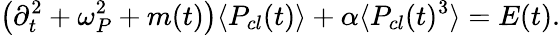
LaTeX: \left(\partial_{t}^{2}+\omega_{P}^{2}+m(t)\right)\langle P_{cl}(t)\rangle+\alpha\langle P_{cl}(t)^{3}\rangle=E(t).